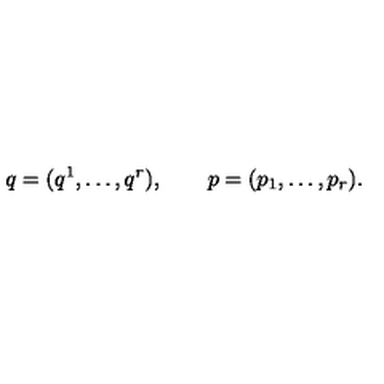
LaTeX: q = ( q ^ { 1 } , \ldots , q ^ { r } ) , \qquad p = ( p _ { 1 } , \ldots , p _ { r } ) .